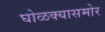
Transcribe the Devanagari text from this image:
घोळक्यासमोर